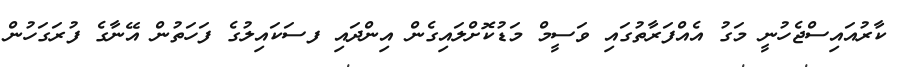
ކާރުއައިސްޖެހުނީ މަގު އެއްފަރާތުގައި ވަސީމް މަޑުކޮށްލައިގެން އިންދައި ފސަކައިލުގެ ފަހަތުން އޭނާގެ ފުރަގަހުން